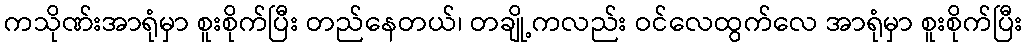
ကသိုဏ်းအာရုံမှာ စူးစိုက်ပြီး တည်နေတယ်၊ တချို့ကလည်း ဝင်လေထွက်လေ အာရုံမှာ စူးစိုက်ပြီး